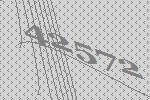
42572